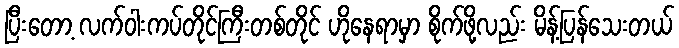
ပြီးတော့ လက်ဝါးကပ်တိုင်ကြီးတစ်တိုင် ဟိုနေရာမှာ စိုက်ဖို့လည်း မိန့်ပြန်သေးတယ်